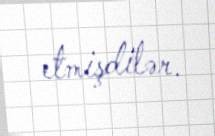
etmişdilər.